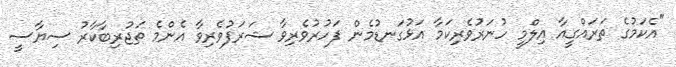
"އެކަމުގެ ތަރައްގީއާ އިލްމީ ހުނަރުވެރިކަމާ އަޅުގަނޑުމެން ފަހުރުވެރިވާ ޝަރަފުވެރިވާ އެންމެ ތަޖުރިބާކާރު ސިޔާސީ